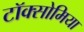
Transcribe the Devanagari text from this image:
टॉक्सोमिया